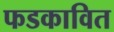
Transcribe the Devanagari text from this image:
फडकावित